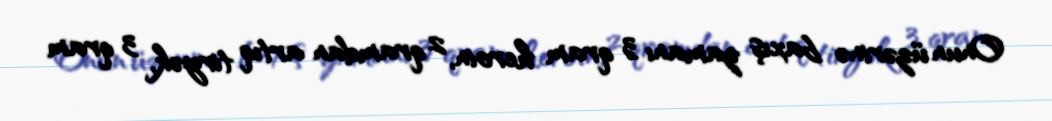
Onun üzərinə baxış zamanı 3 qram heroin, 2 qramdan artıq tiryək, 3 qram